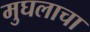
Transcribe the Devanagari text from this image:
मुघलाचा